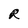
Character: R